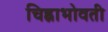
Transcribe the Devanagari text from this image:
चिह्नाभोवती